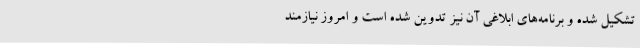
تشکیل شده و برنامه‌های ابلاغی آن نیز تدوین شده است و امروز نیازمند